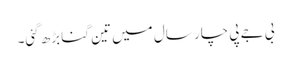
بی جے پی چار سال میں تین گنا بڑھ گئی۔